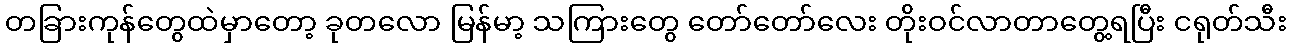
တခြားကုန်တွေထဲမှာတော့ ခုတလော မြန်မာ့ သကြားတွေ တော်တော်လေး တိုးဝင်လာတာတွေ့ရပြီး ငရုတ်သီး